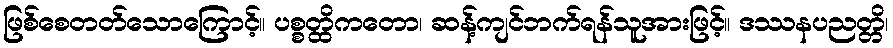
ဖြစ်စေတတ်သောကြောင့်။ ပစ္စတ္ထိကတော၊ ဆန့်ကျင်ဘက်ရန်သူအားဖြင့်။ ဒဿနပညတ္တိ၊